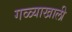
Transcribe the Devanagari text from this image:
गळ्याखाली